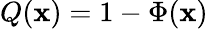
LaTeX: Q(\mathbf{x})=1-\Phi(\mathbf{x})